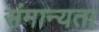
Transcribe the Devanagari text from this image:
संमान्यता